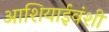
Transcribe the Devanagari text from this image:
आशियाईवंशी